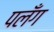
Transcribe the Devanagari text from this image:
पलँग